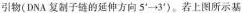
引物(DNA复制子链的延伸方向5^{\prime}→3^{\prime})。若上图所示基